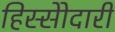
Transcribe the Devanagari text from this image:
हिस्सेोदारी